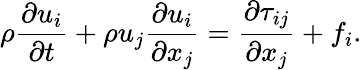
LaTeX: \rho\frac{\partial u_{i}}{\partial t}+\rho u_{j}\frac{\partial u_{i}}{\partial x_{j}}=\frac{\partial\tau_{ij}}{\partial x_{j}}+f_{i}.